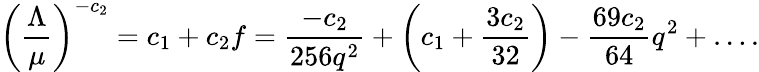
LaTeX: \left({\frac{\Lambda}{\mu}}\right)^{-c_{2}}=c_{1}+c_{2}f={\frac{-c_{2}}{256q^{2}}}+\left(c_{1}+{\frac{3c_{2}}{32}}\right)-{\frac{69c_{2}}{64}}q^{2}+\dots.